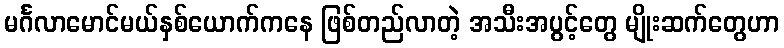
မင်္ဂလာမောင်မယ်နှစ်ယောက်ကနေ ဖြစ်တည်လာတဲ့ အသီးအပွင့်တွေ မျိုးဆက်တွေဟာ